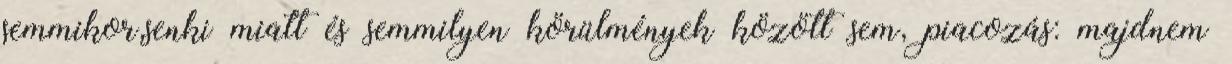
semmikor,senki miatt és semmilyen körülmények között sem, piacozás: majdnem